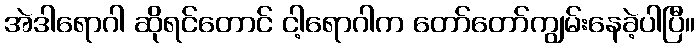
အဲဒါရောဂါ ဆိုရင်တောင် ငါ့ရောဂါက တော်တော်ကျွမ်းနေခဲ့ပါပြီ။